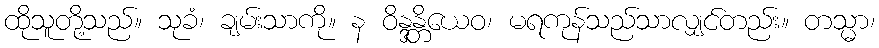
ထိုသူတို့သည်။ သုခံ၊ ချမ်းသာကို။ န ဝိန္ဒန္တိယေဝ၊ မရကုန်သည်သာလျှင်တည်း။ တသ္မာ၊